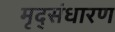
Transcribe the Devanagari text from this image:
मृद्‌संधारण